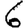
Digit: 6